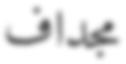
مجداف